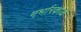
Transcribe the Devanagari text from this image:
गर्भारकाळ